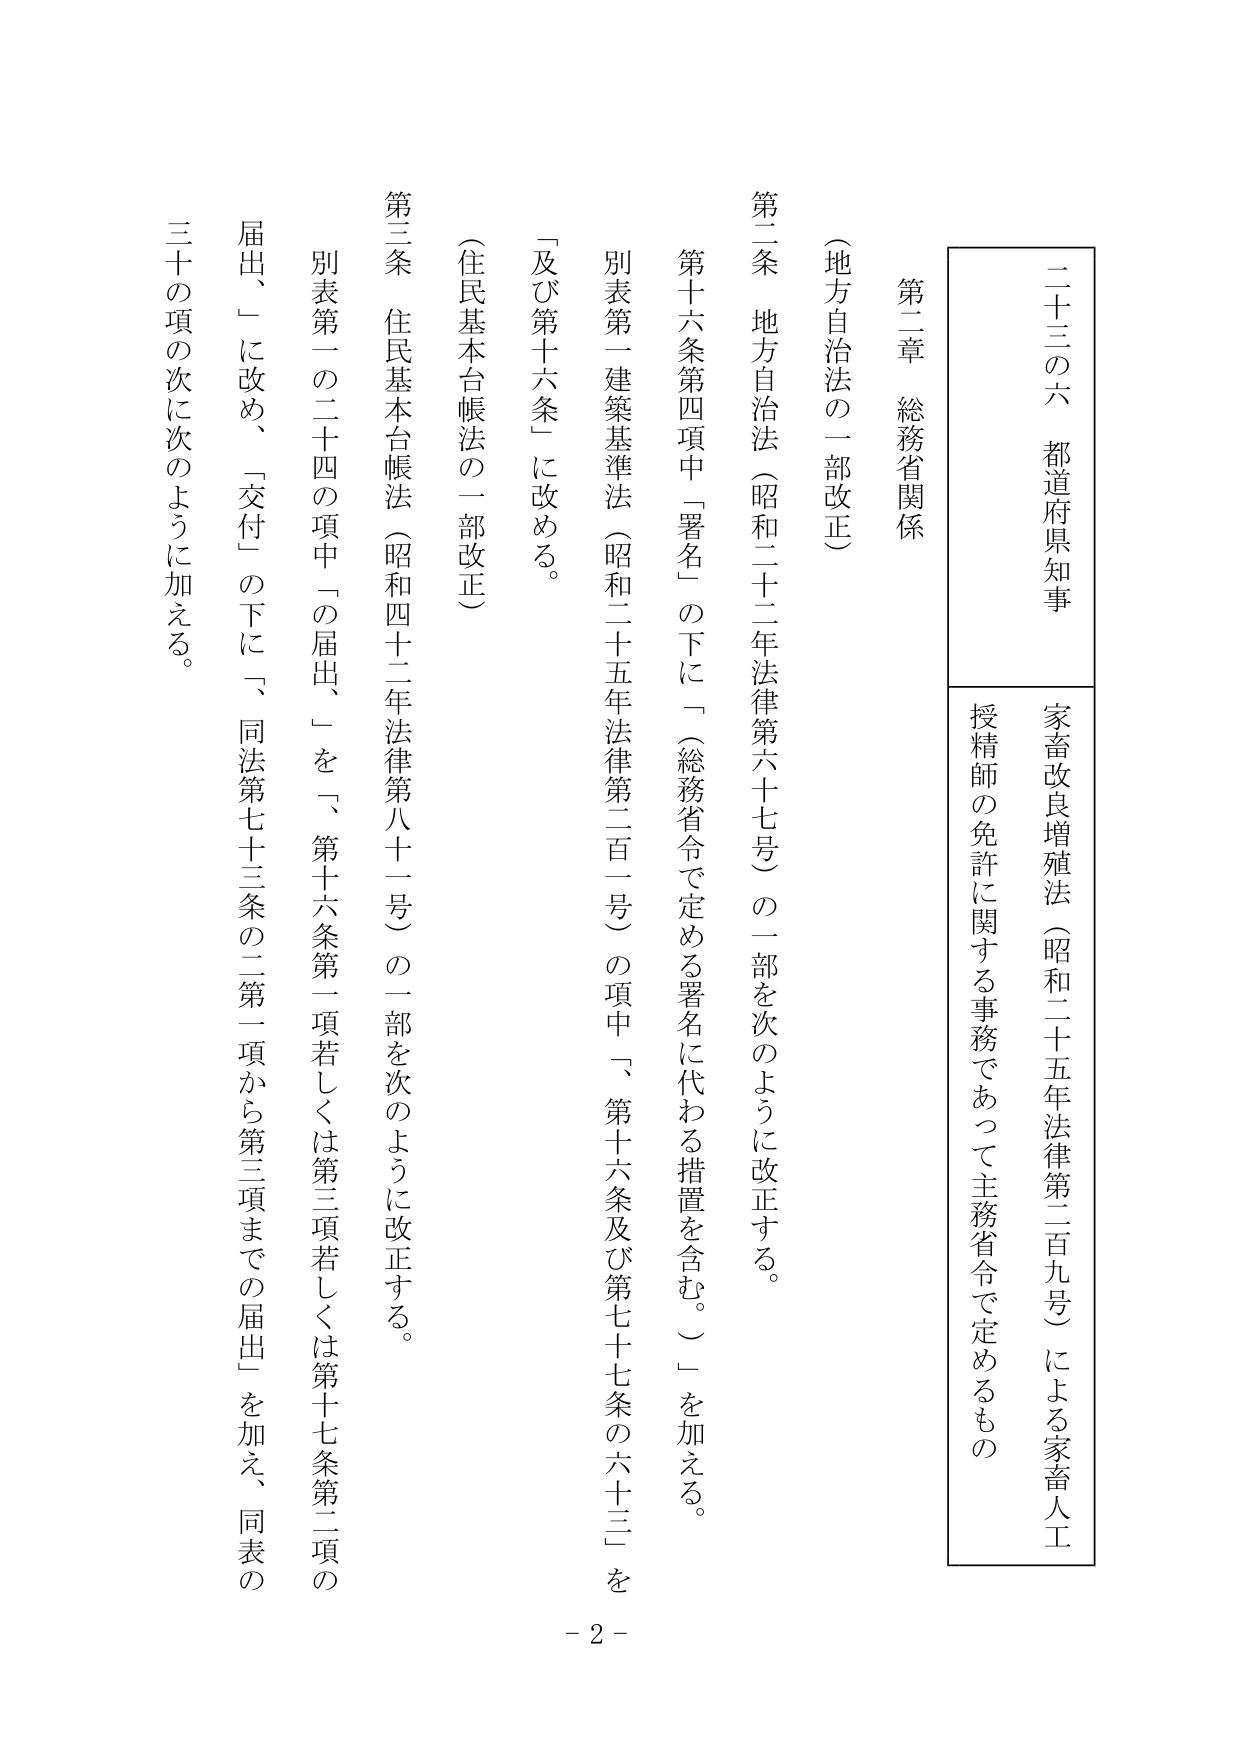
二十二の六 都道府県知事
家畜改良増殖法（昭和二十五年法律第二百九号）による家畜人工授精師の免許に関する事務であって主務省令で定めるもの

第二章 総務省関係

（地方自治法の一部改正）
第二条 地方自治法（昭和二十二年法律第六十七号）の一部を次のように改正する。
第十六条第四項中「署名」の下に「（総務省令で定める署名に代わる措置を含む。）」を加える。
別表第一 建築基準法（昭和二十五年法律第二百一号）の項中「、第十六条及び第七十七条の六十三」を「及び第十六条」に改める。

（住民基本台帳法の一部改正）
第三条 住民基本台帳法（昭和四十二年法律第八十一号）の一部を次のように改正する。
別表第一の二十四の項中「の届出、」を「、第十六条第一項若しくは第三項若しくは第十七条第二項の届出、」に改め、「交付」の下に「、同法第七十三条の二第一項から第三項までの届出」を加え、同表の三十の項の次に次のように加える。

- 2 -